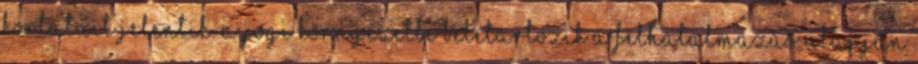
korlátait jelentik. A jogi környezetbe beletartozik a felhatalmazás alapján